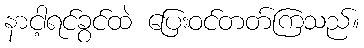
နာငါ့ရင်ခွင်ထဲ ပြေးဝင်တတ်ကြသည်။